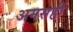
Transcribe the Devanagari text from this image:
अमसहीं